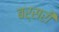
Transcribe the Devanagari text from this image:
बर्सरी